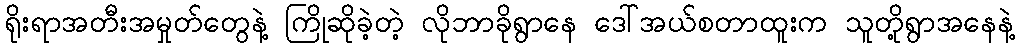
ရိုးရာအတီးအမှုတ်တွေနဲ့ ကြိုဆိုခဲ့တဲ့ လိုဘာခိုရွာနေ ဒေါ်အယ်စတာထူးက သူတို့ရွာအနေနဲ့